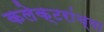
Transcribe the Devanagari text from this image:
कलेक्टरांच्या